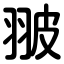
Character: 翍